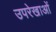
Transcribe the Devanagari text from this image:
उपरेखाओं